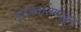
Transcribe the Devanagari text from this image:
पृथक्करणातून